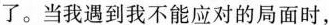
了。当我遇到我不能应对的局面时,